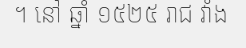
។ នៅ ឆ្នាំ ១៥២៥ រាជ វាំង